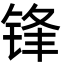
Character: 锋